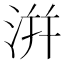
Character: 洴